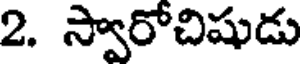
2. స్వారోచిషుడు